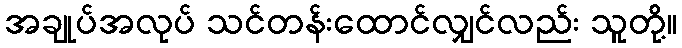
အချုပ်အလုပ် သင်တန်းထောင်လျှင်လည်း သူတို့။